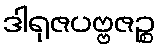
ဒါရုဇပဗ္ဗဇဉ္စ